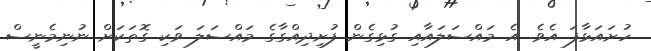
ހުށައަޅާފަ އެވެ. އެ މައްސަލައާއި ގުޅިގެން ފުށިދިއްގާގެ މައްސަލަ ވަކި ގޮތަކަށް ނުނިމެނީސް